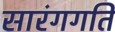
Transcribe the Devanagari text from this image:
सारंगगति